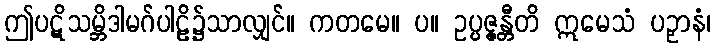
ဤပဋိသမ္ဘိဒါမဂ်ပါဠိ၌သာလျှင်။ ကတမေ။ ပ။ ဥပ္ပဇ္ဇန္တီတိ ဣမေသံ ပဉှာနံ၊